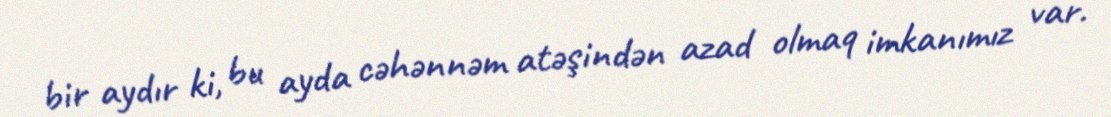
bir aydır ki, bu ayda cəhənnəm atəşindən azad olmaq imkanımız var.